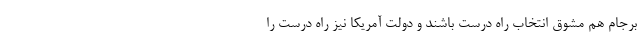
برجام هم مشوق انتخاب راه درست باشند و دولت آمریکا نیز راه درست را